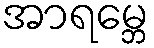
အာရမ္ဘေ